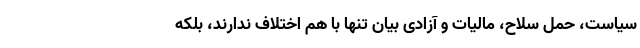
سیاست، حمل سلاح، مالیات و آزادی بیان تنها با هم اختلاف ندارند، بلکه